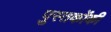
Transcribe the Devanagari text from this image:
पुस्‍तकोंकी